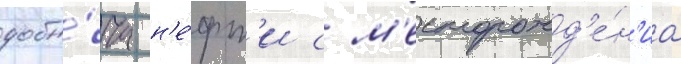
добы́ча н'е́фт'и с м'есторожд'е́н'иа